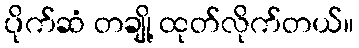
ပိုက်ဆံ တချို့ ထုတ်လိုက်တယ်။